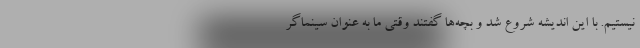
نیستیم. با این اندیشه شروع شد و بچه‌ها گفتند وقتی ما به عنوان سینماگر